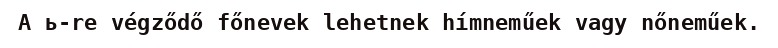
A ь-re végződő főnevek lehetnek hímneműek vagy nőneműek.